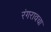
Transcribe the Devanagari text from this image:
रंगरावचा